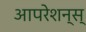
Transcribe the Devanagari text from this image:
आपरेशन्स्